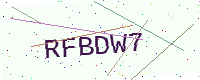
Text: RFBDW7